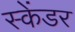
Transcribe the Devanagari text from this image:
स्केंडर